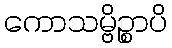
ကောသမ္ဗိဉ္စာပိ